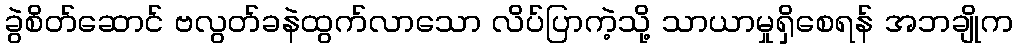
ခွဲစိတ်ဆောင် ဗလွတ်ခနဲထွက်လာသော လိပ်ပြာကဲ့သို့ သာယာမှုရှိစေရန် အဘချိုက